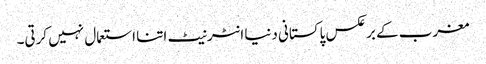
مغرب کے برعکس پاکستانی دنیا انٹرنیٹ اتنا استعمال نہیں کرتی۔